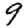
Digit: 9